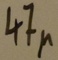
Text: 47µ